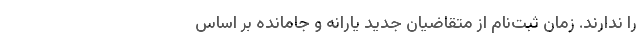
را ندارند. زمان ثبت‌نام از متقاضیان جدید یارانه و جامانده بر اساس